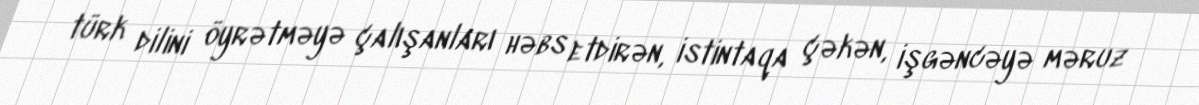
türk dilini öyrətməyə çalışanları həbs etdirən, istintaqa çəkən, işgəncəyə məruz